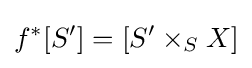
f^{*}[S']=[S'\times _{S}X]